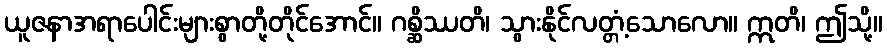
ယူဇနာအရာပေါင်းများစွာတို့တိုင်အောင်။ ဂစ္ဆိဿတိ၊ သွားနိုင်လတ္တံ့သောလော။ ဣတိ၊ ဤသို့။